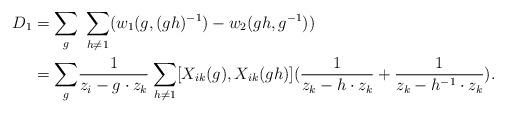
LaTeX: \begin{align*}D_1&=\underset{g}{\sum}\:\:\underset{h\neq 1}{\sum} (w_1(g,(gh)^{-1})-w_2(gh,g^{-1}))\\ &= \underset{g}{\sum} \frac{1}{z_i-g\cdot z_k}\:\underset{h\neq 1}{\sum} [X_{ik}(g),X_{ik}(gh)]( \frac{1}{z_k-h\cdot z_k}+\frac{1}{z_k-h^{-1} \cdot z_k}).\end{align*}